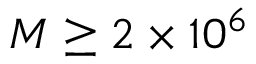
M \geq 2 \times 1 0 ^ { 6 }